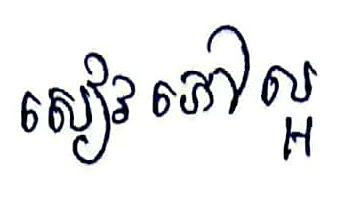
សៀវ ភៅល្អ